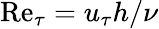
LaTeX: \mathrm{Re}_{\tau}=u_{\tau}h/\nu